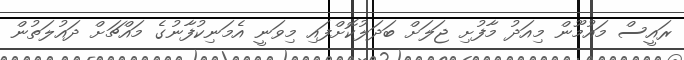
ރައީސް މައުމޫން މިއަދު މާފުށި ޖަލަށް ބަދަލުކޮށްފައި މިވަނީ އެމަނިކުފާނުގެ މައްޗަށް ދައުލަތުން